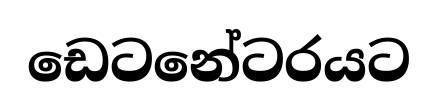
ඩෙටනේටරයට